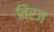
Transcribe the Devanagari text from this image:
विरज